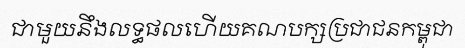
ជាមួយនឹងលទ្ធផលហើយគណបក្សប្រជាជនកម្ពុជា